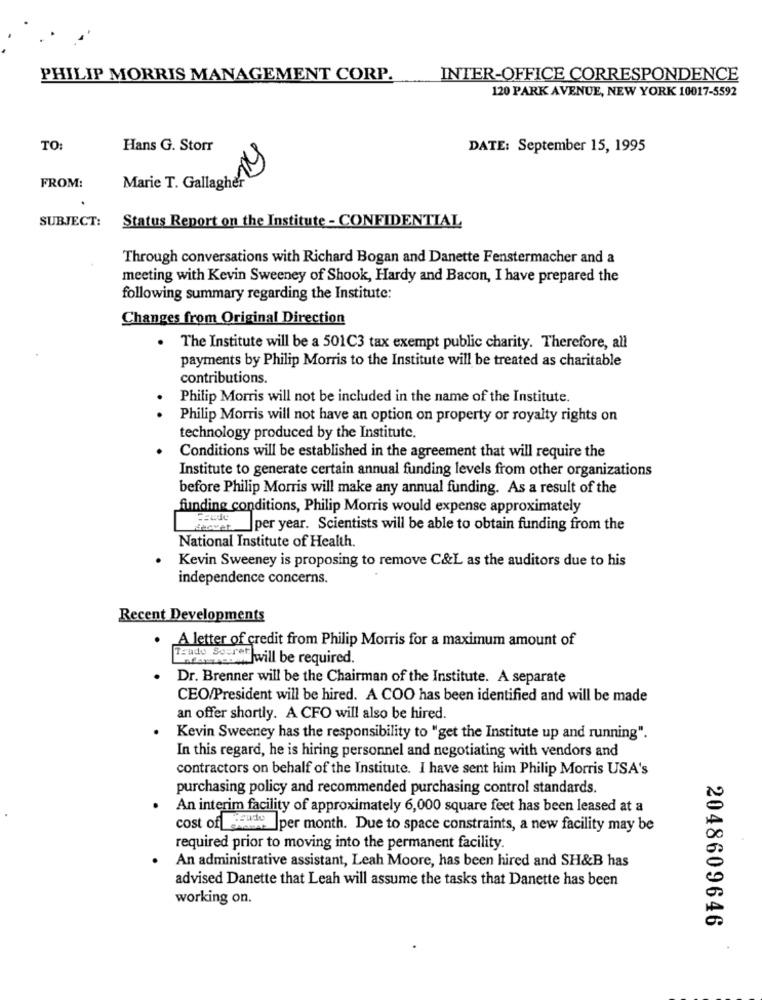
PHILIP MORRIS MANAGEMENT CORP.
INTER-OFFICE CORRESPONDENCE
120 PARK AVENUE, NEW YORK 10017-5592
TO
Hans G. Storr
DATE: September 15, 1995
FROM:
Marie T. Gallagher
SUBJECT:
Status Report on the Institute - CONFIDENTIAL
Through conversations with Richard Bogan and Danette Fenstermacher and a
meeting with Kevin Sweeney of Shook, Hardy and Bacon, I have prepared the
following summary regarding the Institute:
Changes from Original Direction
.
The Institute will be a 501C3 tax exempt public charity. Therefore, all
payments by Philip Morris to the Institute will be treated as charitable
contributions.
Philip Morris will not be included in the name of the Institute.
Philip Morris will not have an option on property or royalty rights on
technology produced by the Institutc.
Conditions will be established in the agreement that will require the
Institute to generate certain annual funding levels from other organizations
before Philip Morris will make any annual funding. As a result of the
funding conditions, Philip Morris would expense approximately
decvet|per year. Scientists will be able to obtain funding from the
National Institute of Health.
Kevin Sweeney is proposing to remove C&L as the auditors due to his
independence concerns.
Recent Developments
. A letter of credit from Philip Morris for a maximum amount of
Trado Sour
nor will be required.
Dr. Brenner will be the Chairman of the Institute. A separate
CEO/President will be hired. A COO has been identified and will be made
an offer shortly. A CFO will also be hired.
Kevin Sweeney has the responsibility to "get the Institute up and running".
In this regard, he is hiring personnel and negotiating with vendors and
contractors on behalf of the Institute. I have sent him Philip Morris USA's
purchasing policy and recommended purchasing control standards.
An interim facility of approximately 6,000 square feet has been leased at a
cost of Shoots
ecude ]per month. Due to space constraints, a new facility may be
required prior to moving into the permanent facility.
An administrative assistant, Leah Moore, has been hired and SH&B has
advised Danette that Leah will assume the tasks that Danette has been
working on.
2048609646